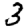
Digit: 3